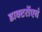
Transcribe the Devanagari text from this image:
डाक्टरोंएवं